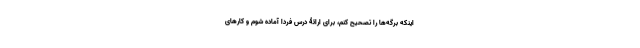
اینکه برگه‌ها را تصحیح کنم، برای ارائۀ درس فردا آماده شوم و کارهای